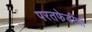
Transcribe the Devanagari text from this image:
परतफेडीची